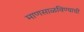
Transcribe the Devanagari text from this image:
माणसाळविण्याची